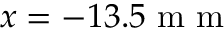
x = - 1 3 . 5 \mathrm { ~ m ~ m ~ }